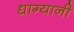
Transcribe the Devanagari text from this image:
धाग्यानी